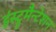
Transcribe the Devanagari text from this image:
इंस्ट्रूमैन्टेशन